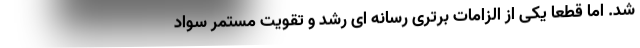
شد. اما قطعاً یکی از الزامات برتری رسانه ای رشد و تقویت مستمر سواد